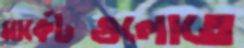
মার্কেটগুলোতে